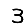
Digit: 3